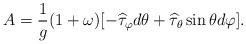
LaTeX: \begin{align*}A=\frac{1}{g}(1+\omega)[-\widehat\tau_{\varphi}d\theta+\widehat\tau_{\theta} \sin \theta d\varphi].\end{align*}